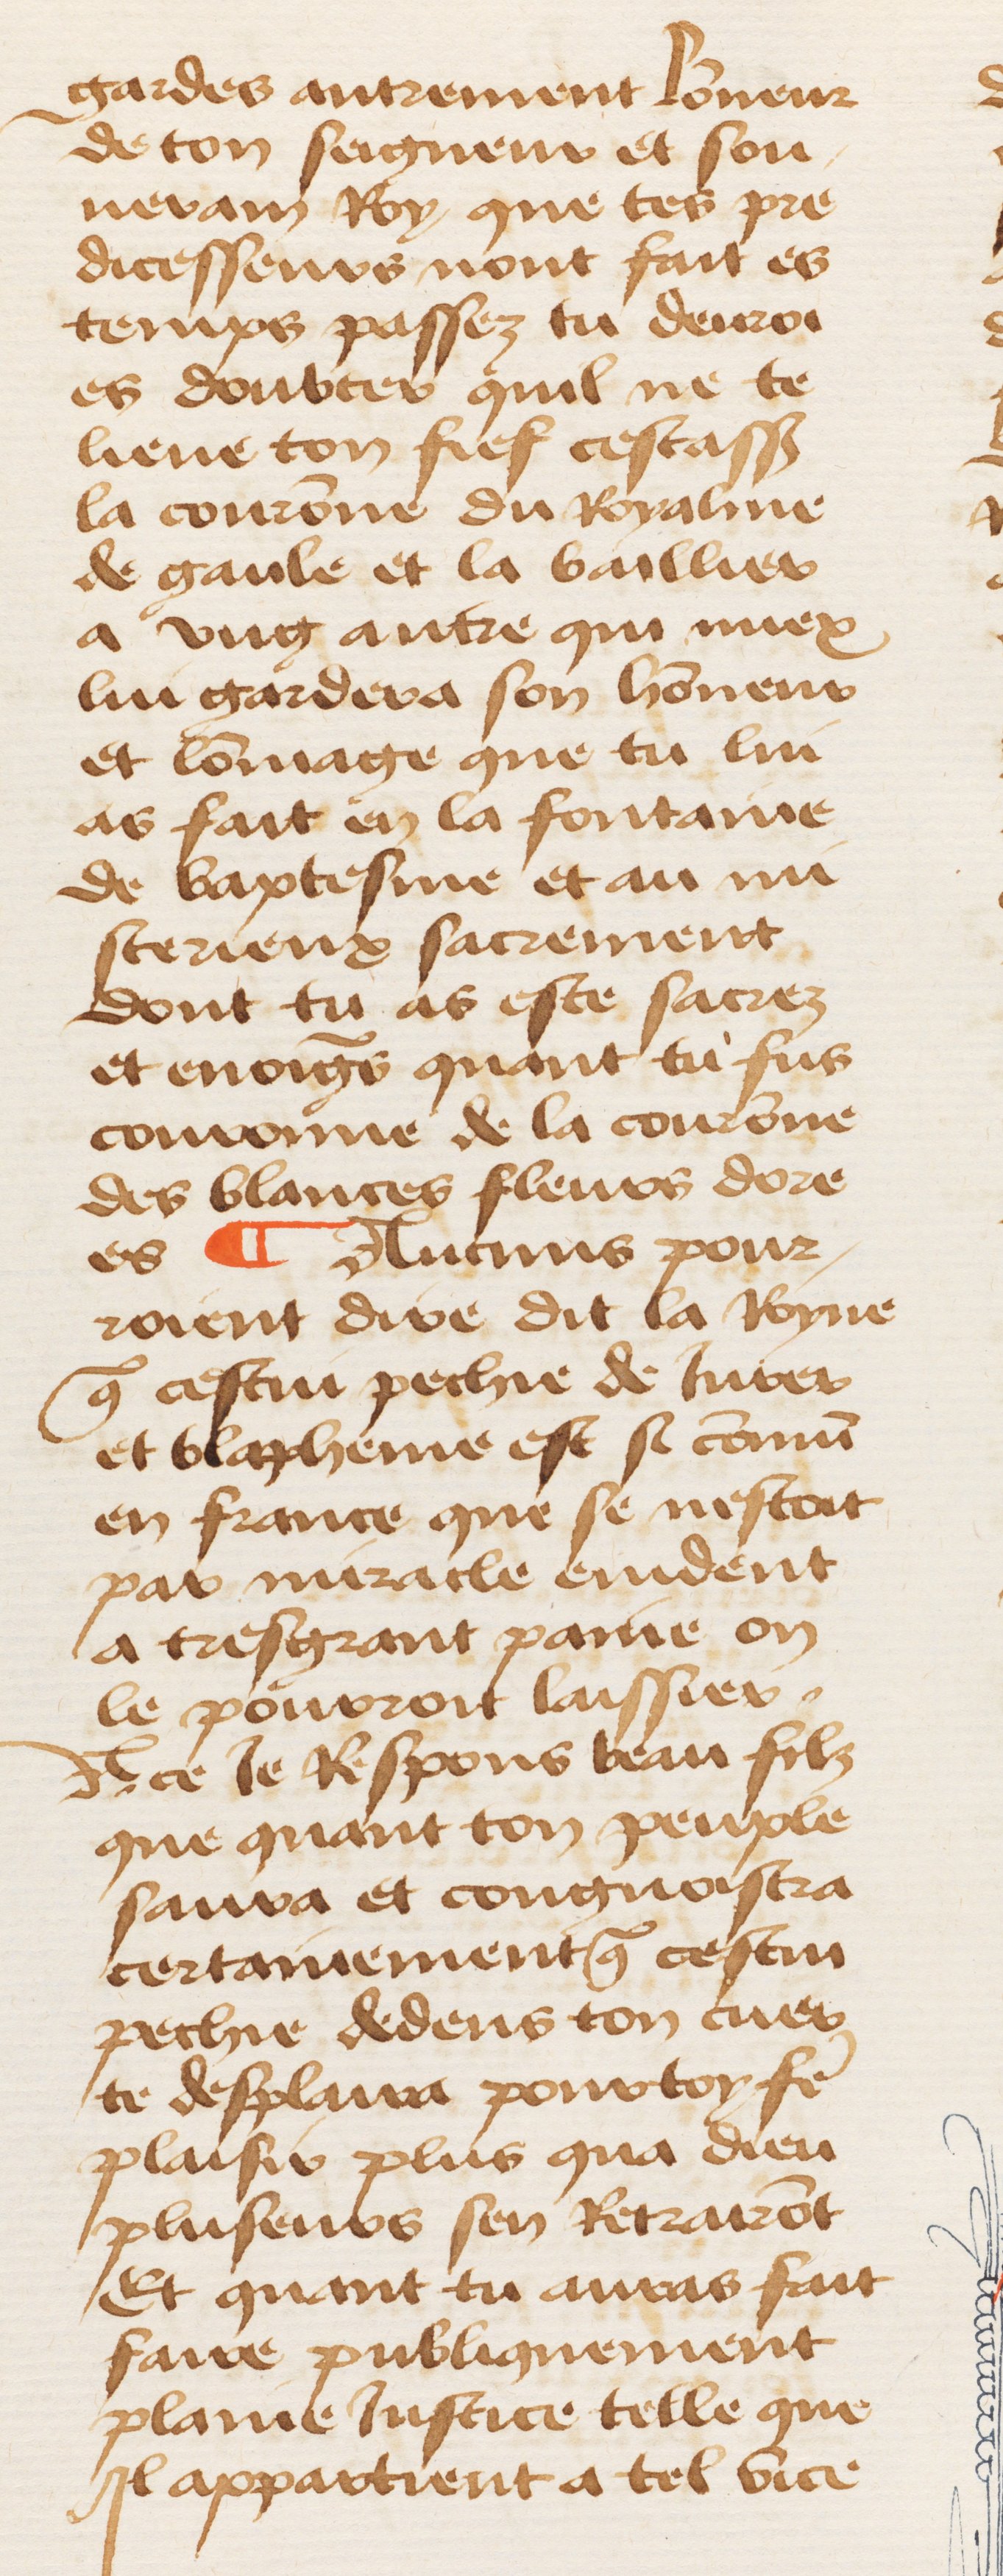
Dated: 1460–1470